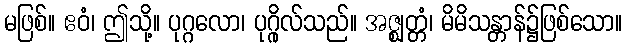
မဖြစ်။ ဧဝံ၊ ဤသို့။ ပုဂ္ဂလော၊ ပုဂ္ဂိုလ်သည်။ အဇ္ဈတ္တံ၊ မိမိသန္တာန်၌ဖြစ်သော။